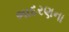
ભાદરણના